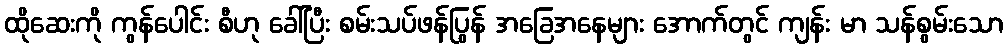
ထိုဆေးကို ကွန်ပေါင်း စီဟု ခေါ်ပြီး စမ်းသပ်ဖန်ပြွန် အခြေအနေများ အောက်တွင် ကျန်း မာ သန်စွမ်းသော